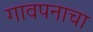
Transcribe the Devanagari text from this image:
गावपनाचा